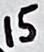
Text: 15